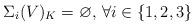
LaTeX: \begin{align*} \Sigma_i(V)_{K}=\varnothing,\,\forall i\in\{1,2,3\}\end{align*}